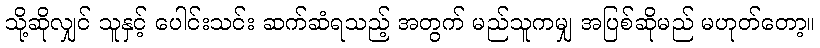
သို့ဆိုလျှင် သူနှင့် ပေါင်းသင်း ဆက်ဆံရသည့် အတွက် မည်သူကမျှ အပြစ်ဆိုမည် မဟုတ်တော့။